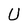
Character: U